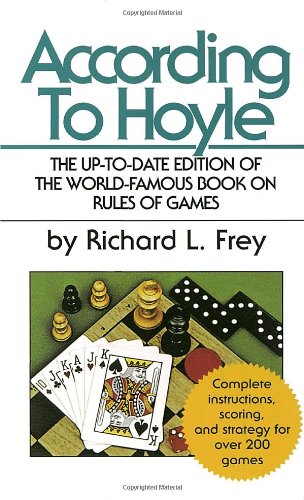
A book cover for According to Hoyle; Richard L. Frey; Humor & Entertainment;